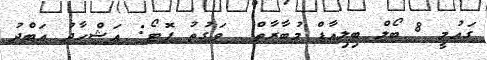
ގައުމީ 8 ބޯލް ބިލިއާޑް މުބާރާތް  ވަގުތު ފޮޓޯ: އަޝްހާދު އަބްދު